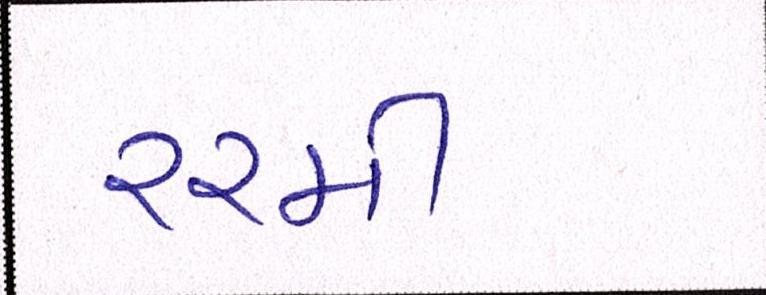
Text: ૨૨મી